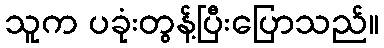
သူက ပခုံးတွန့်ပြီးပြောသည်။